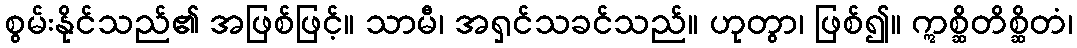
စွမ်းနိုင်သည်၏ အဖြစ်ဖြင့်။ သာမီ၊ အရှင်သခင်သည်။ ဟုတွာ၊ ဖြစ်၍။ ဣစ္ဆိတိစ္ဆိတံ၊